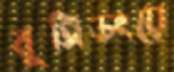
বুসিডংয়ে